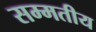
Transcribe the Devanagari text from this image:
सम्मतीय